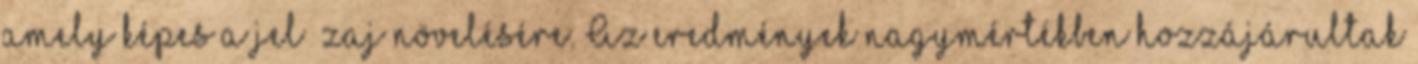
amely képes a jel zaj növelésére. Az eredmények nagymértékben hozzájárultak